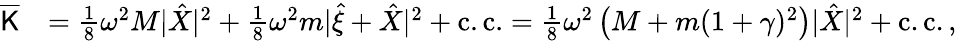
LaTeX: \begin{array}{rl}{\overline{{\mathsf{K}}}}&{=\frac{1}{8}\omega^{2}M|\hat{X}|^{2}+\frac{1}{8}\omega^{2}m|\hat{\xi}+\hat{X}|^{2}+\mathrm{c.c.}=\frac{1}{8}\omega^{2}\left(M+m(1+\gamma)^{2}\right)|\hat{X}|^{2}+\mathrm{c.c.}\, ,}\end{array}